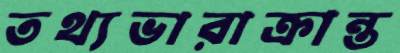
তথ্যভারাক্রান্ত